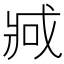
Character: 𫻶